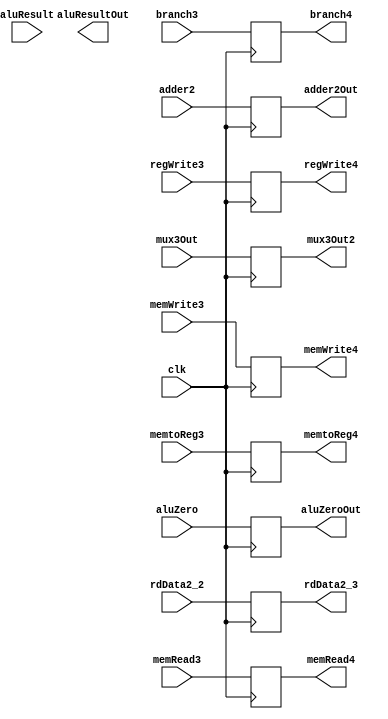
`timescale 1ns / 1ps
//////////////////////////////////////////////////////////////////////////////////
// Company: 
// Engineer: 
// 
// Design Name: 
// Module Name:    register3 
// Project Name: 
// Target Devices: 
// Tool versions: 
// Description: 
//
// Dependencies: 
//
// Revision: 
// Revision 0.01 - File Created
// Additional Comments: 
//
//////////////////////////////////////////////////////////////////////////////////
module register3(
    input clk,
    input aluZero,
    input [15:0] aluResult,
    input [15:0] mux3Out,
    input [15:0] adder2,
    input [15:0] rdData2_2,
	 input branch3,
	 input memRead3,
	 input memWrite3,
	 input regWrite3,
	 input memtoReg3,
    output reg aluZeroOut,
    output reg [15:0] aluResultOut,
    output reg [15:0] mux3Out2,
    output reg[15:0] adder2Out,
    output reg [15:0] rdData2_3,
	 output reg branch4,
	 output reg memRead4,
	 output reg memWrite4,
	 output reg regWrite4,
	 output reg memtoReg4
    );
	 
	 always@(posedge clk)
	 begin
		aluZeroOut <= aluZero;
		mux3Out2 <= mux3Out;
		adder2Out <= adder2;
		rdData2_3 <= rdData2_2;
		branch4 <= branch3;
		memRead4 <= memRead3;
		memWrite4 <= memWrite3;
		regWrite4 <= regWrite3;
		memtoReg4 <= memtoReg3;
	 end


endmodule